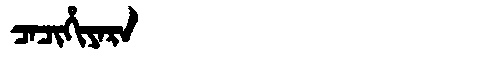
Manchu: ᠴᠠᠴᡳᡥᡳᠶᠠᡵᠠ
Romanization: CACIHIYARA